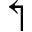
\Lsh